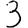
Digit: 3